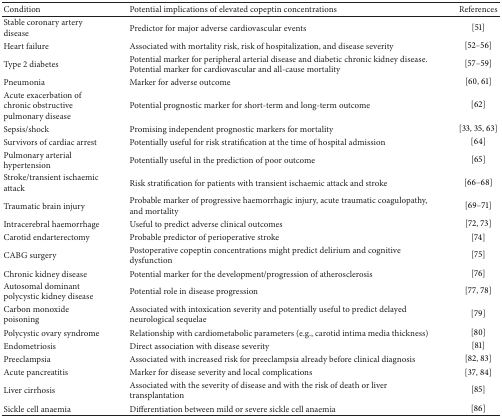
<table><thead><tr><td><b>Condition</b></td><td><b>Potential implications of elevated copeptin concentrations</b></td><td><b>References</b></td></tr></thead><tbody><tr><td>Stable coronary artery disease</td><td>Predictor for major adverse cardiovascular events</td><td>[51]</td></tr><tr><td>Heart failure</td><td>Associated with mortality risk, risk of hospitalization, and disease severity</td><td>[52–56]</td></tr><tr><td>Type 2 diabetes </td><td>Potential marker for peripheral arterial disease and diabetic chronic kidney disease. Potential marker for cardiovascular and all-cause mortality</td><td>[57–59]</td></tr><tr><td>Pneumonia</td><td>Marker for adverse outcome</td><td>[60, 61]</td></tr><tr><td>Acute exacerbation of chronic obstructive pulmonary disease</td><td>Potential prognostic marker for short-term and long-term outcome</td><td>[62]</td></tr><tr><td>Sepsis/shock</td><td>Promising independent prognostic markers for mortality </td><td>[33, 35, 63]</td></tr><tr><td>Survivors of cardiac arrest</td><td>Potentially useful for risk stratification at the time of hospital admission</td><td>[64]</td></tr><tr><td>Pulmonary arterial hypertension</td><td>Potentially useful in the prediction of poor outcome</td><td>[65]</td></tr><tr><td>Stroke/transient ischaemic attack</td><td>Risk stratification for patients with transient ischaemic attack and stroke</td><td>[66–68]</td></tr><tr><td>Traumatic brain injury</td><td>Probable marker of progressive haemorrhagic injury, acute traumatic coagulopathy, and mortality</td><td>[69–71]</td></tr><tr><td>Intracerebral haemorrhage</td><td>Useful to predict adverse clinical outcomes </td><td>[72, 73]</td></tr><tr><td>Carotid endarterectomy</td><td>Probable predictor of perioperative stroke </td><td>[74]</td></tr><tr><td>CABG surgery</td><td>Postoperative copeptin concentrations might predict delirium and cognitive dysfunction </td><td>[75]</td></tr><tr><td>Chronic kidney disease</td><td>Potential marker for the development/progression of atherosclerosis</td><td>[76]</td></tr><tr><td>Autosomal dominant polycystic kidney disease</td><td>Potential role in disease progression</td><td>[77, 78]</td></tr><tr><td>Carbon monoxide poisoning</td><td>Associated with intoxication severity and potentially useful to predict delayed neurological sequelae </td><td>[79]</td></tr><tr><td>Polycystic ovary syndrome</td><td>Relationship with cardiometabolic parameters (e.g., carotid intima media thickness)</td><td>[80]</td></tr><tr><td>Endometriosis</td><td>Direct association with disease severity</td><td>[81]</td></tr><tr><td>Preeclampsia</td><td>Associated with increased risk for preeclampsia already before clinical diagnosis</td><td>[82, 83]</td></tr><tr><td>Acute pancreatitis</td><td>Marker for disease severity and local complications</td><td>[37, 84]</td></tr><tr><td>Liver cirrhosis</td><td>Associated with the severity of disease and with the risk of death or liver transplantation</td><td>[85]</td></tr><tr><td>Sickle cell anaemia</td><td>Differentiation between mild or severe sickle cell anaemia</td><td>[86]</td></tr></tbody></table>